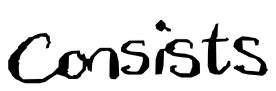
Text: consists
Cross-out: clean
Writing tool: digital_black